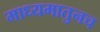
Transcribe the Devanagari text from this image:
माध्यमातुनच